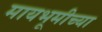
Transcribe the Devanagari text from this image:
मायभूमीच्या